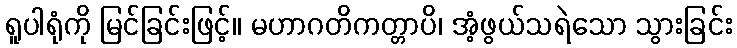
ရူပါရုံကို မြင်ခြင်းဖြင့်။ မဟာဂတိကတ္တာပိ၊ အံ့ဖွယ်သရဲသော သွားခြင်း